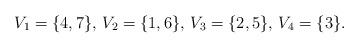
LaTeX: \begin{align*}V_1 = \{ 4,7 \}, \, V_2 = \{ 1,6 \}, \, V_3 = \{ 2,5 \}, \, V_4 = \{ 3 \}.\end{align*}